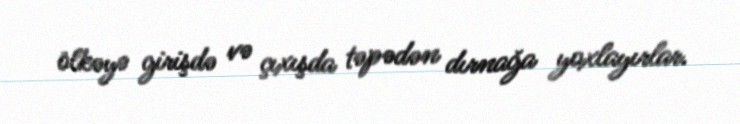
ölkəyə girişdə və çıxışda təpədən dırnağa yoxlayırlar.